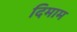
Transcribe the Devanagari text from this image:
दिमाम